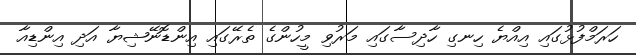
ހަރަމްފުޅުގައި އިއްޔެ ހިނގި ހާދިސާގައި މަރުވި މީހުންގެ ތެރޭގައި އިންޑޮނޭޝިޔާ އަދި އިންޑިއާ